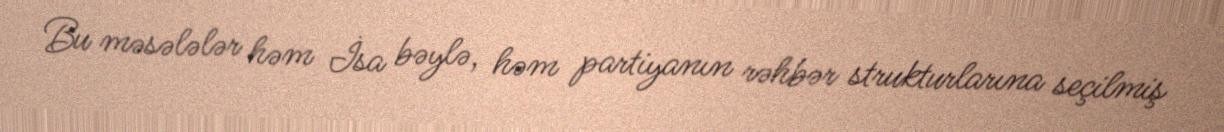
Bu məsələlər həm İsa bəylə, həm partiyanın rəhbər strukturlarına seçilmiş